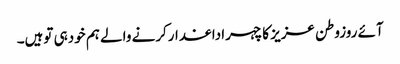
آئے روزوطن عزیز کاچہراداغدارکرنے والے ہم خودہی توہیں۔